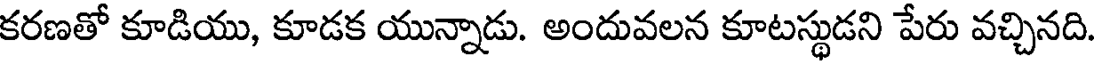
కరణతో కూడియు, కూడక యున్నాడు. అందువలన కూటస్థుడని పేరు వచ్చినది